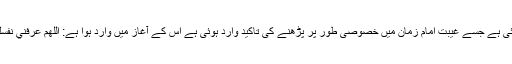
معتبر روایت میں امام جعفر صادقؑ سے دعا وارد ہوئی ہے جسے غیبتِ امام زمانؑ میں خصوصی طور پر پڑھنے کی تاکید وارد ہوئی ہے اس کے آغاز میں وارد ہوا ہے: اللَّهُمَّ عَرِّفْنِي‌ نَفْسَكَ‌ فَإِنَّكَ إِنْ لَمْ تُعَرِّفْنِي نَفْسَكَ لَمْ أَعْرِفْ نَبِيَّك‌ ...؛ بارِ الہا !